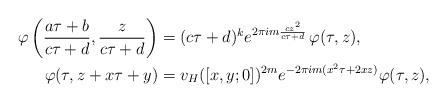
LaTeX: \begin{align*}\varphi\left(\frac{a\tau+b}{c\tau+d},\frac{z}{c\tau+d}\right)&=(c\tau+d)^ke^{2\pi i m \frac{cz^2}{c\tau+d}}\,\varphi(\tau,z),\\\varphi(\tau,z+x\tau+y)&=v_H([x,y;0])^{2m}e^{-2\pi i m (x^2\tau+2xz)}\varphi(\tau,z),\end{align*}